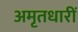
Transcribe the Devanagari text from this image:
अमृतधारीं